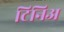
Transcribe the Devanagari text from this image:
टिनिअ